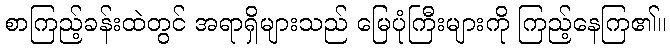
စာကြည့်ခန်းထဲတွင် အရာရှိများသည် မြေပုံကြီးများကို ကြည့်နေကြ၏။